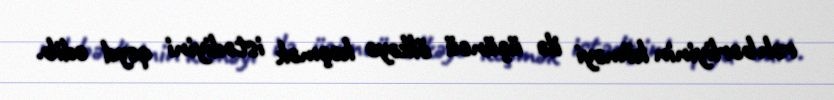
rəhbərliyinin köməyi ilə üçüncü ölkəyə keçmək istədiyini qeyd edib.